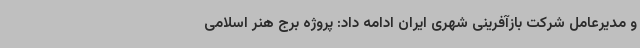
و مدیرعامل شرکت بازآفرینی شهری ایران ادامه داد: پروژه برج هنر اسلامی